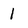
Character: 1